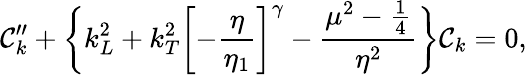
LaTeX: {\cal\mathcal{C}}_{k}^{\prime\prime}+\biggl\{ k_{L}^{2}+k_{T}^{2}\biggl[-\frac{{\eta}}{{\eta_{1}}}\biggr]^{\gamma}-\frac{{\mu^{2}-\frac{{1}}{{4}}}}{{\eta^{2}}}\biggr\} {\cal\mathcal{C}}_{k}=0,